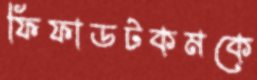
ফিফাডটকমকে